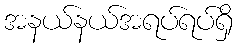
အနယ်နယ်အရပ်ရပ်ရှိ